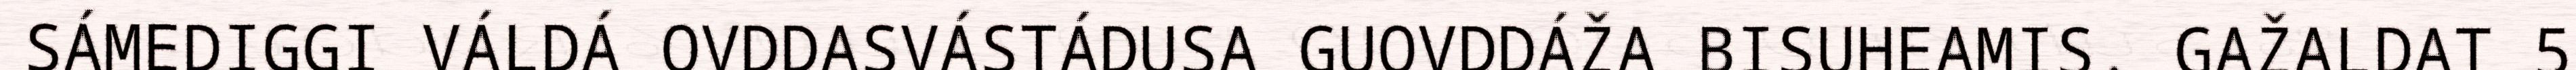
SÁMEDIGGI VÁLDÁ OVDDASVÁSTÁDUSA GUOVDDÁŽA BISUHEAMIS. GAŽALDAT 5